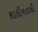
શાલીનતાથી